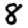
Digit: 8